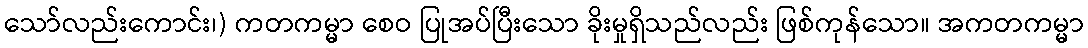
သော်လည်းကောင်း၊) ကတကမ္မာ စေဝ ပြုအပ်ပြီးသော ခိုးမှုရှိသည်လည်း ဖြစ်ကုန်သော။ အကတကမ္မာ